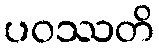
ပဝဿတိ